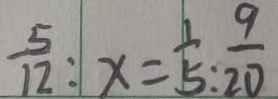
\frac { 5 } { 1 2 } : x = \frac { 1 } { 5 } : \frac { 9 } { 2 0 }